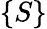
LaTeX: \lbrace S\rbrace